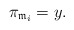
\begin{align*} \pi_{\mathfrak{m}_i}=y. \end{align*}